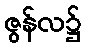
ဇွန်လ၌